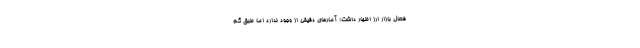
فعال بازار ارز اظهار داشت: آمارهای دقیقی از وجود ندارد اما طبق گم